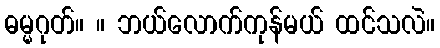
ဓမ္မဂုတ်။ ။ ဘယ်လောက်ကုန်မယ် ထင်သလဲ။